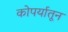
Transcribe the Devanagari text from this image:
कोपर्यातून